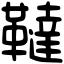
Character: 韃